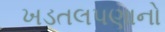
ખડતલપણાનો